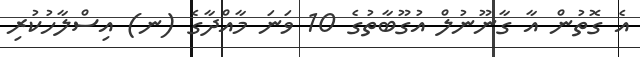
އެ ގޮތުން އާ ގާނޫނުލް އުގޫބާތުގެ 10 ވަނަ މާއްދާގެ (ނ) އިސްލާހުކުރި